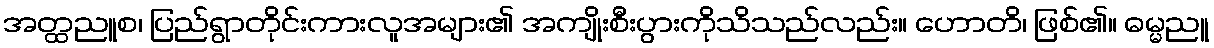
အတ္ထညူစ၊ ပြည်ရွာတိုင်းကားလူအများ၏ အကျိုးစီးပွားကိုသိသည်လည်း။ ဟောတိ၊ ဖြစ်၏။ ဓမ္မညူ